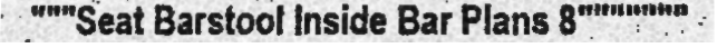
"""Seat Barstool Inside Bar Plans 8"""""""